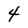
Character: 4